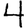
Digit: 4